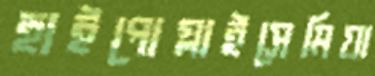
হাইপোগ্লাইসেমিয়া